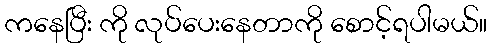
ကနေပြီး ကို လုပ်ပေးနေတာကို စောင့်ရပါမယ်။